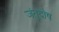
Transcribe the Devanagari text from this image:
जंतुदोष